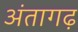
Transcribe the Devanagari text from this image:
अंतागढ़